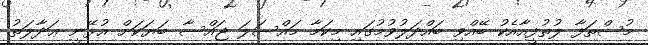
މުސްތަފާ ލުތުފީއާއެކު ބޭއްވި ބައްދަލުވުމުގައި މިކަމާ މައްސަލަ ޖައްސާ ބަޔަކަށް އުޅޭނީ ޢަދާލަތު